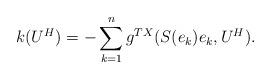
LaTeX: \begin{align*}k(U^H)=-\sum_{k=1}^ng^{TX}(S(e_k)e_k, U^H).\end{align*}